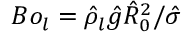
B o _ { l } = \hat { \rho } _ { l } \hat { g } { \hat { R } _ { 0 } } ^ { 2 } / \hat { \sigma }